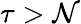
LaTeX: \tau>\mathcal{N}